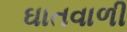
ઘાતવાળી